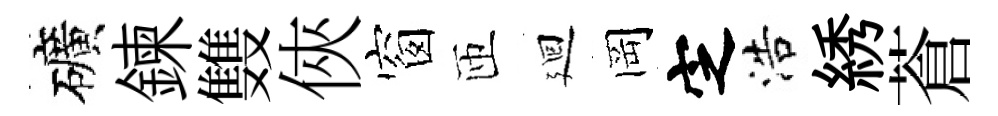
礦鍊䨇俠窗匝廻岡㝎浩綉蒼